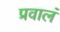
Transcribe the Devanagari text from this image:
प्रवालं